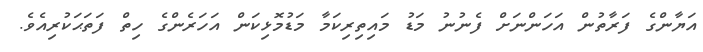
އަޔާންގެ ފަރާތުން އަހަންނަށް ފެނުނު މަޑު މައިތިރިކަމާ މަޑުމޮޅިކަން އަހަރެންގެ ހިތް ފަތަޙަކުރިއެވެ.